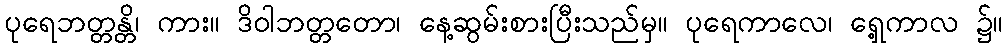
ပုရေဘတ္တန္တိ၊ ကား။ ဒိဝါဘတ္တတော၊ နေ့ဆွမ်းစားပြီးသည်မှ။ ပုရေကာလေ၊ ရှေ့ကာလ ၌။